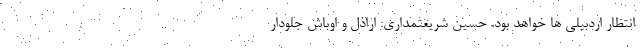
انتظار اردبیلی ها خواهد بود. حسین شریعتمداری: اراذل و اوباش جلودار